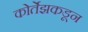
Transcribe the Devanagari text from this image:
कोर्तेझकडून